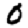
Digit: 0